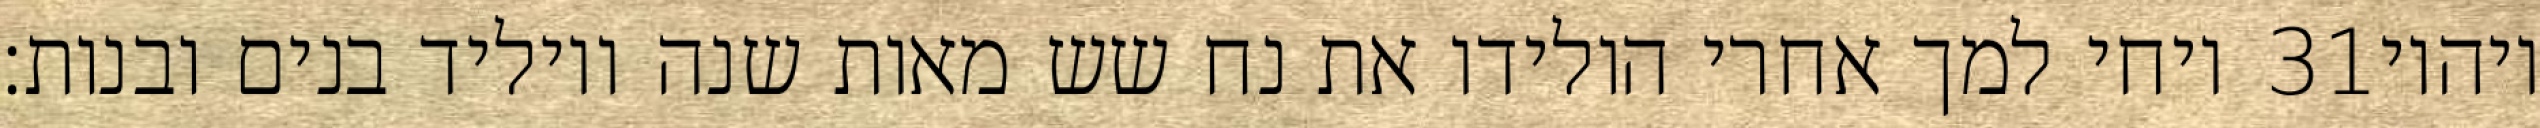
ויחי למך אחרי הולידו את נח שש מאות שנה ויוליד בנים ובנות׃ ‎31‏ ויהיו